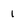
Character: 1